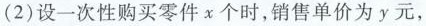
(2) 设一次性购买零件 x 个时，销售单价为 y 元，